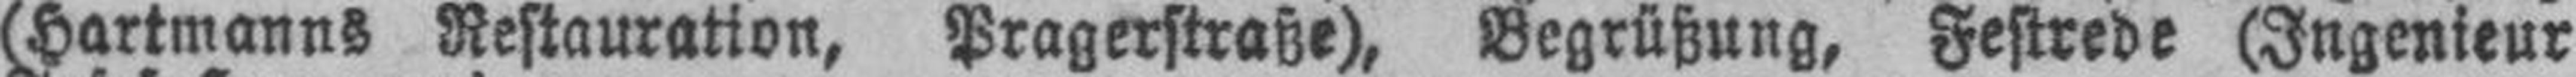
(Hartmanns Restauration, Pragerstraße), Begrüßung, Festrede (Ingenieur